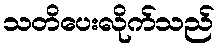
သတိပေးလိုက်သည်